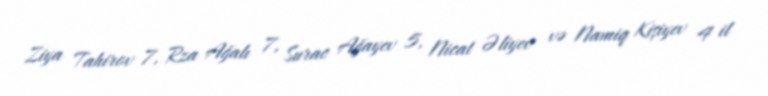
Ziya Tahirov 7, Rza Ağalı 7, Surac Ağayev 5, Nicat Əliyev və Namiq Kişiyev 4 il